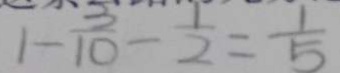
1 - \frac { 3 } { 1 0 } - \frac { 1 } { 2 } = \frac { 1 } { 5 }